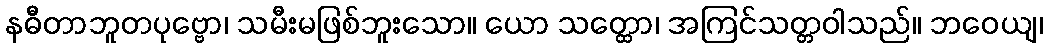
နဓိီတာဘူတပုဗ္ဗော၊ သမီးမဖြစ်ဘူးသော။ ယော သတ္ထော၊ အကြင်သတ္တဝါသည်။ ဘဝေယျ၊